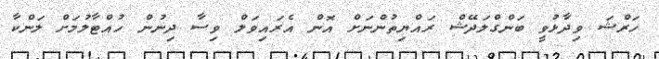
ހަރްޝަ ވިދާޅުވީ ބަންގްލަދޭޝް ރައްޔިތުންނަށް އޮން އެރައިވަލް ވިސާ ދިނުން ހުއްޓާލުމަށް ލަންކާ